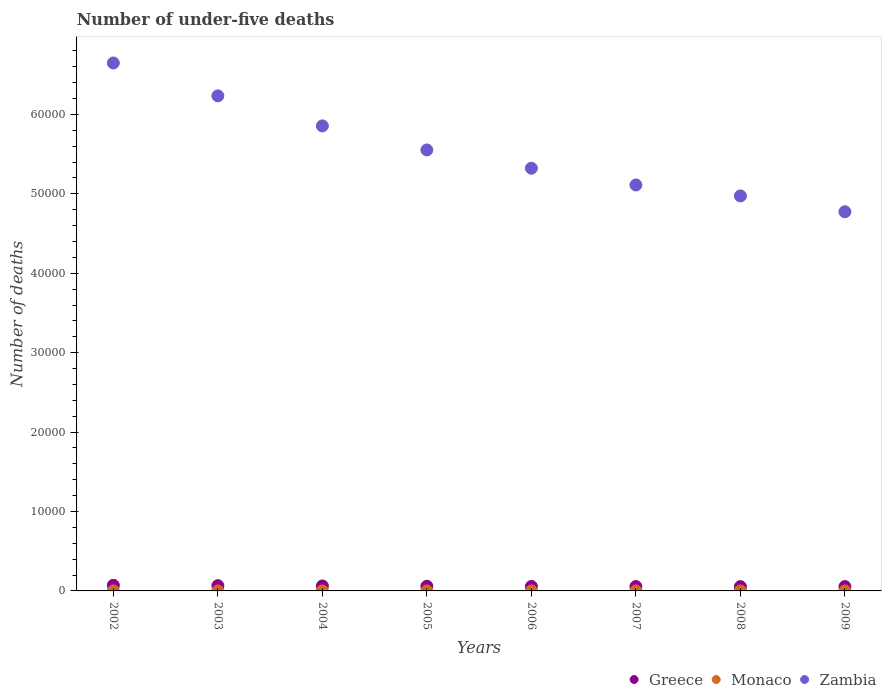
| Years | Greece | Monaco | Zambia |
 | --- | --- | --- | --- |
 | 2002 | 710 | 1 | 6.65e+04 |
 | 2003 | 661 | 2 | 6.23e+04 |
 | 2004 | 624 | 2 | 5.86e+04 |
 | 2005 | 588 | 1 | 5.55e+04 |
 | 2006 | 564 | 1 | 5.32e+04 |
 | 2007 | 552 | 1 | 5.11e+04 |
 | 2008 | 538 | 1 | 4.97e+04 |
 | 2009 | 545 | 1 | 4.77e+04 |